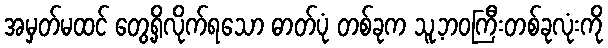
အမှတ်မထင် တွေ့ရှိလိုက်ရသော ဓာတ်ပုံ တစ်ခုက သူ့ဘဝကြီးတစ်ခုလုံးကို